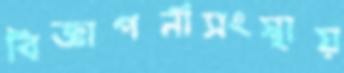
বিজ্ঞাপনীসংস্থায়